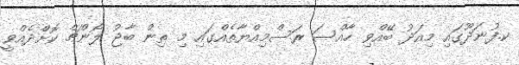
ކ.ފުނަދޫގައި މިއަދު ބޭއްވި ހާއްސަ ރަސްމިއްޔާތެއްގައި މި ތިން ބާޖު ލޯންޗް ކޮށްދެއްވީ